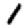
Digit: 1